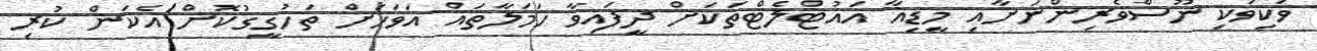
ވަކިވަކި ނޫސްވެރިންނަށާއި މީޑިއާ އައުޓްލެޓްތަކަށް ދީފައިވާ ހަމަލާތައް އަވަހަށް ތަހުގީގުކޮށް އެކަން ކުރި